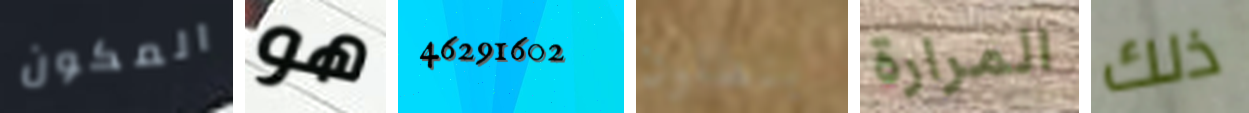
المكون هو 46291602 بنطلون المرارة ذلك